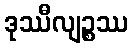
ဒုဿီလျဉ္စဿ